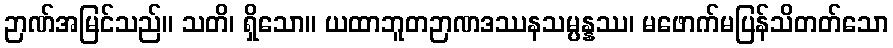
ဉာဏ်အမြင်သည်။ သတိ၊ ရှိသော။ ယထာဘူတဉာဏဒဿနသမ္ပန္နဿ၊ မဖောက်မပြန်သိတတ်သော